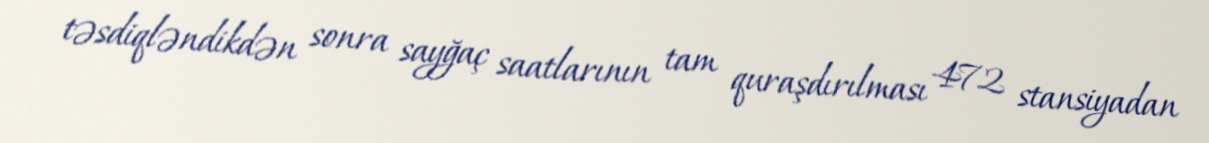
təsdiqləndikdən sonra sayğaç saatlarının tam quraşdırılması 472 stansiyadan